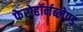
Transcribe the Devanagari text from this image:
फेरोहॉर्नब्लेण्ड